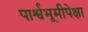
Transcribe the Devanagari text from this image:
पार्श्वभूमीपेक्षा